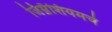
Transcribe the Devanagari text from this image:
जिम्नॅशियमचे